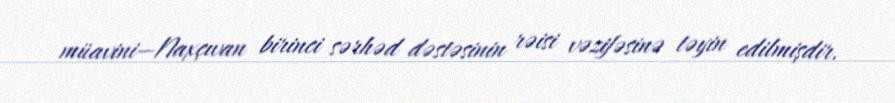
müavini—Naxçıvan birinci sərhəd dəstəsinin rəisi vəzifəsinə təyin edilmişdir.